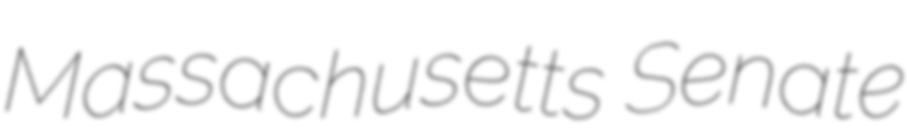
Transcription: Massachusetts Senate